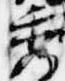
秀